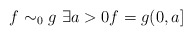
\begin{align*} f\sim_0 g\ \exists a>0 f=g (0,a]\end{align*}